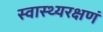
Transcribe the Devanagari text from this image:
स्वास्थ्यरक्षणं